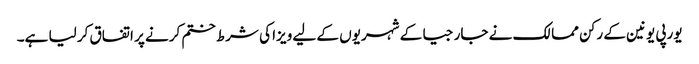
یورپی یونین کے رکن ممالک نے جارجیا کے شہریوں کے لیے ویزا کی شرط ختم کرنے پر اتفاق کر لیا ہے۔